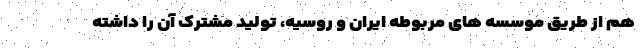
هم از طریق موسسه های مربوطه ایران و روسیه، تولید مشترک آن را داشته